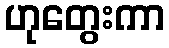
ဟုတွေးကာ